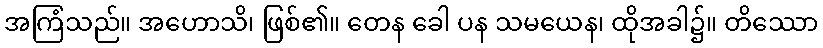
အကြံသည်။ အဟောသိ၊ ဖြစ်၏။ တေန ခေါ ပန သမယေန၊ ထိုအခါ၌။ တိဿော